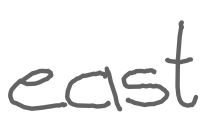
Text: east
Cross-out: clean
Writing tool: digital_gray